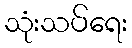
သုံးသပ်ရေး